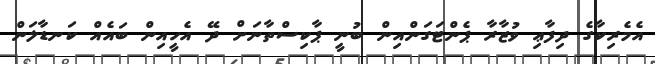
އެމެރިކާގެ ދިފާޢި ވުޒާރާ ޕެންޓަގަންއިން ބުނީ ޕާކިސްތާނަށް ދޭ އެހީއިން ބައެއް ކަނޑާލަން